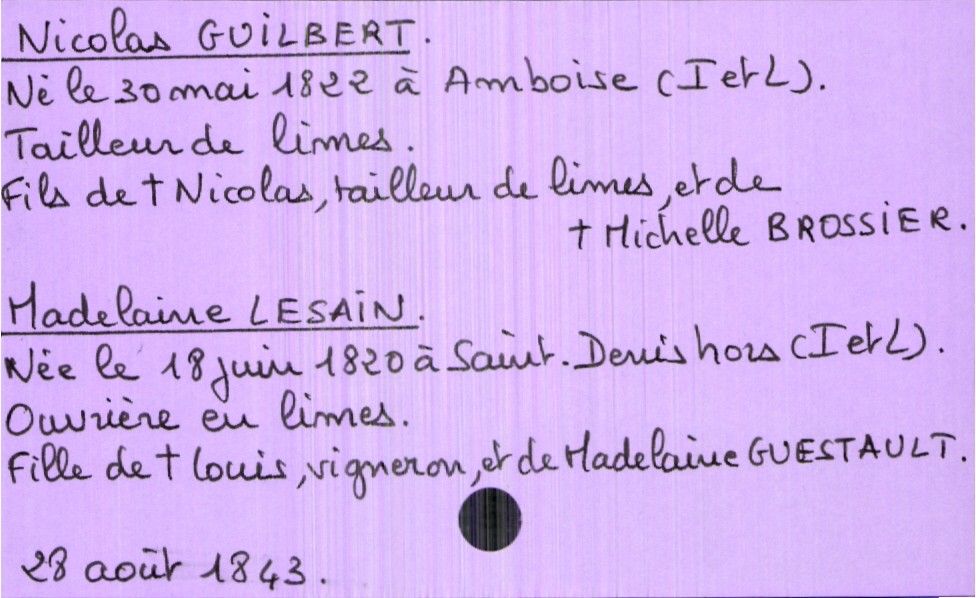
type_acte: Mariage
année: 1843
mois: août
jour: 28
marié_nom: Guilbert
marié_prénom: Nicolas
marié_profession: tailleur de limes
marié_date_de_naissance: 30 mai 1822
marié_lieu_de_naissance: Amboise (Indre et Loire)
père_marié_nom: Guilbert
père_marié_prénom: Nicolas
père_marié_profession: tailleur de limes
père_marié_statut: décédé
mère_marié_nom: Brossier
mère_marié_prénom: Michelle
mère_marié_statut: décédée
mariée_nom: Lesain
mariée_prénom: Madelaine
mariée_profession: ouvrière de limes
mariée_date_de_naissance: 18 juin 1820
mariée_lieu_de_naissance: Saint Denis Hors (Indre et Loire)
père_mariée_nom: Lesain
père_mariée_prénom: Louis
père_mariée_profession: vigneron
père_mariée_statut: décédé
mère_mariée_nom: Guestault
mère_mariée_prénom: Madelaine